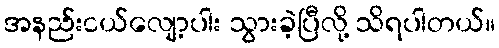
အနည်းငယ်လျော့ပါး သွားခဲ့ပြီလို့ သိရပါတယ်။